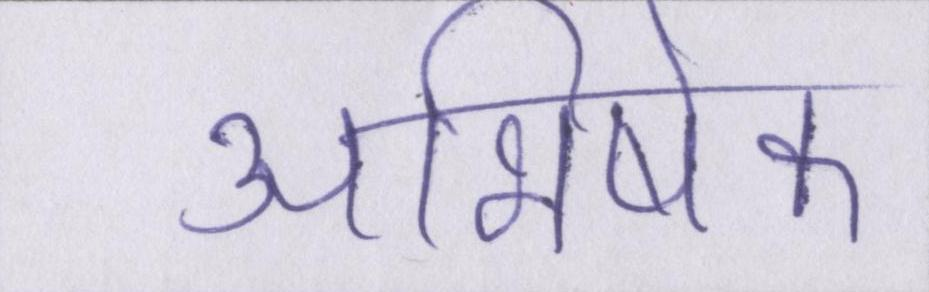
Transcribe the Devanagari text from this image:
अभिषेक